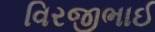
વિરજીભાઈ